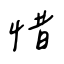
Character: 惜